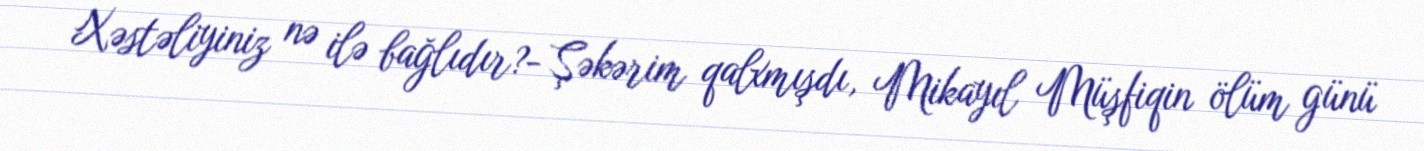
Xəstəliyiniz nə ilə bağlıdır?- Şəkərim qalxmışdı, Mikayıl Müşfiqin ölüm günü